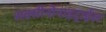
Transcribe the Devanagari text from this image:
सक्सीनोनाइट्राईल